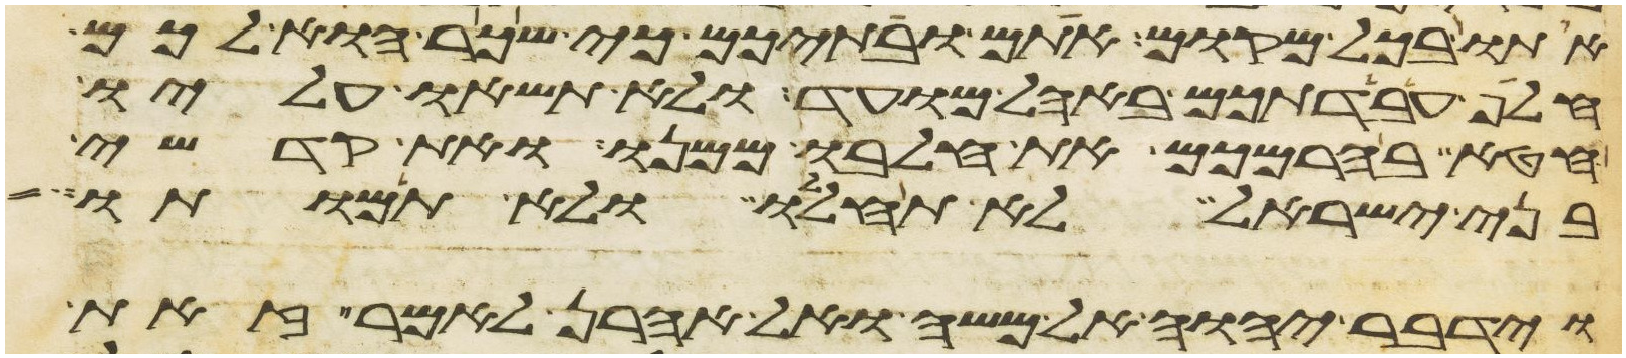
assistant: אתו בכל מקום אתם ובתיכם כי שכר הוא לכם
חלף עבדתכם באהל מועד ולא תשאו עליו
חטא בהרמכם את חלבו ממנו ואת קדשי
בני ישראל לא תחללו ולא תמותו
וידבר יהוה אל משה ואל אהרן לאמר זאת